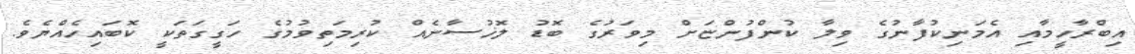
އިބްރާހީމާއި އެމަނިކުފާނުގެ ވިލާ ކުންފުންޏަށް މިވަރުގެ ބޮޑު ލޮޚުސާނެއް ކުރިމަތިވުމުގެ ހަގީގަތަކީ ކޮބައިހެއްޔެވެ.